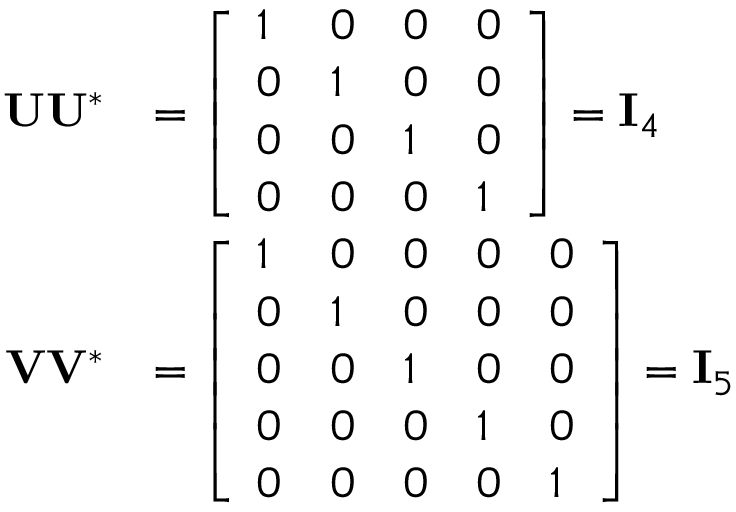
{ \begin{array} { r l } { \mathbf { U } \mathbf { U } ^ { * } } & { = { \left[ \begin{array} { l l l l } { 1 } & { 0 } & { 0 } & { 0 } \\ { 0 } & { 1 } & { 0 } & { 0 } \\ { 0 } & { 0 } & { 1 } & { 0 } \\ { 0 } & { 0 } & { 0 } & { 1 } \end{array} \right] } = \mathbf { I } _ { 4 } } \\ { \mathbf { V } \mathbf { V } ^ { * } } & { = { \left[ \begin{array} { l l l l l } { 1 } & { 0 } & { 0 } & { 0 } & { 0 } \\ { 0 } & { 1 } & { 0 } & { 0 } & { 0 } \\ { 0 } & { 0 } & { 1 } & { 0 } & { 0 } \\ { 0 } & { 0 } & { 0 } & { 1 } & { 0 } \\ { 0 } & { 0 } & { 0 } & { 0 } & { 1 } \end{array} \right] } = \mathbf { I } _ { 5 } } \end{array} }